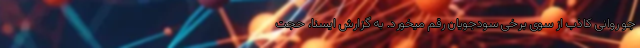
جو روانی کاذب از سوی برخی سودجویان رقم میخورد. به گزارش ایسنا، حجت